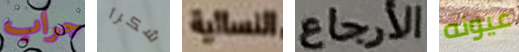
جراب شكرآ النسائية الأرجاع عيونه